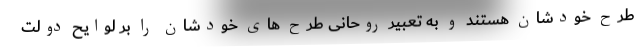
طرح خودشان هستند و به تعبیر روحانی طرح های خودشان را بر لوایح دولت